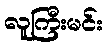
လူကြီးမင်း